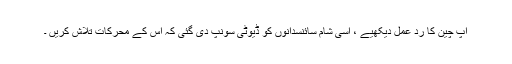
آپ چین کا رد عمل دیکھیے ، اسی شام سائنسدانوں کو ڈیوٹی سونپ دی گئی کہ اس کے محرکات تلاش کریں ۔